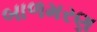
બાળમરણ